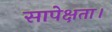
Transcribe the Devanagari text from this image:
सापेक्षता।